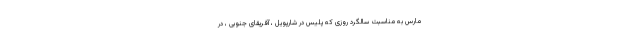
مارس به مناسبت سالگرد روزی که پلیس در شارپویل ، آفریقای جنوبی ، در